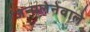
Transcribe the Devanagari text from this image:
जन्मलेनेवाले